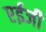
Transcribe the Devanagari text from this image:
एईजी